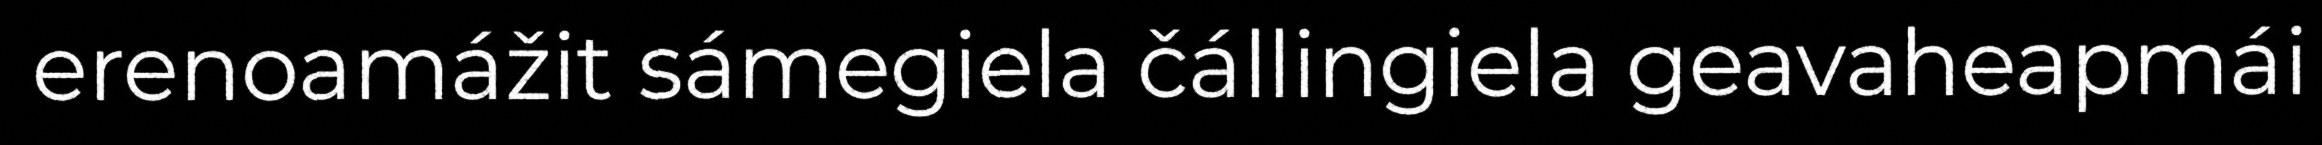
erenoamážit sámegiela čállingiela geavaheapmái